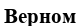
Верном